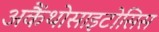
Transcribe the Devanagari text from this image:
अकैंथोसाइटोसिस